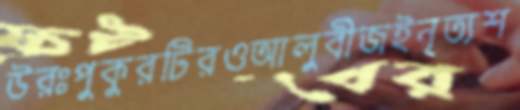
উরঃপুকুরটিরওআলুবীজইনৃত্যশ